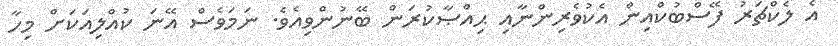
އެ ލެކްޗަރު ފޭސްބުކްއިން އެކުވެރިންނާއި ޙިއްޞާކުރަން ބޭނުންވިއެވެ. ނަމަވެސް އޭނަ ކުއްލިއަކަށް މިހާ